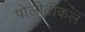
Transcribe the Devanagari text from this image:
पोलीटीकल